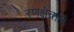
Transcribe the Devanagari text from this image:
रणक्षेत्रात